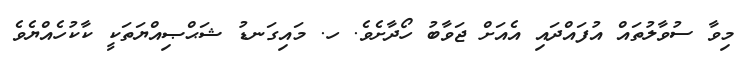
މިވާ ސުވާލުތައް އުފައްދައި އެއަށް ޖަވާބު ހޯދާށެވެ. ހ. މައިގަނޑު ޝަޙްޞިއްޔަތަކީ ކާކުހެއްޔެވެ